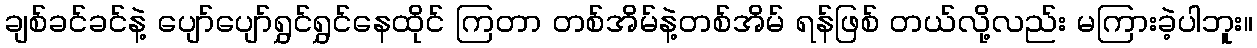
ချစ်ခင်ခင်နဲ့ ပျော်ပျော်ရွှင်ရွှင်နေထိုင် ကြတာ တစ်အိမ်နဲ့တစ်အိမ် ရန်ဖြစ် တယ်လို့လည်း မကြားခဲ့ပါဘူး။